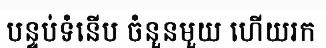
បន្ទប់ទំនើប ចំនួនមួយ ហើយរក